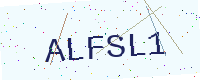
Text: ALFSL1